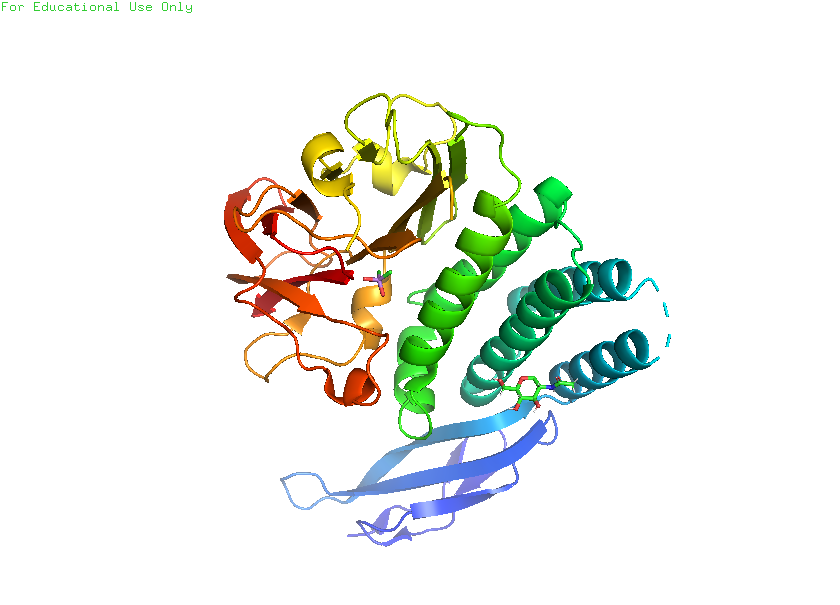
pymol, preset, pretty